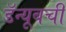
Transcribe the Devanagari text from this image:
डॅन्यूबची